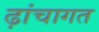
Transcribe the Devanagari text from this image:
ढ़ांचागत